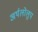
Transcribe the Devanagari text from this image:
अर्थलोलुप